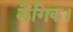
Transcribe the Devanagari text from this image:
लैंगिक।